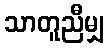
သာတူညီမျှ